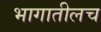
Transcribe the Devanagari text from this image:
भागातीलच